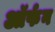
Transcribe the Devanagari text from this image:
ऑर्फन